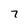
Character: 7